Civil Veterinary Department Bihar & Orissa reports 1929-36 - 1929-1936
Year: 1929
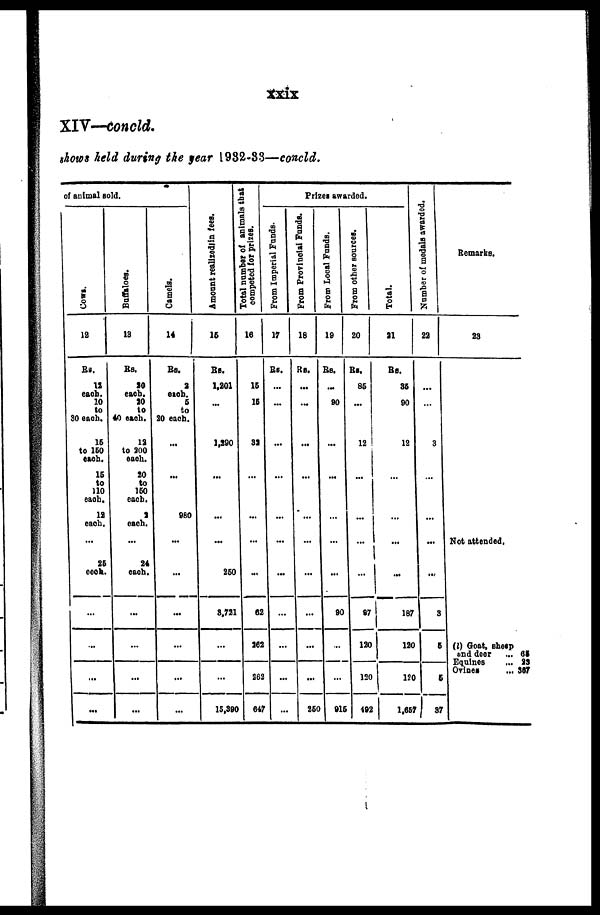
xxix
XIV—concld.
shows held during the year 1932-33—concld.
of animal sold.
Cows.
12
Rs.
12
each.
20
to
SO each.
15
to 150
each.
15
to
110
each.
12
each.
...
26
each.
...
...
...
...
Buffaloes.
13
Rs.
20
each.
20
to
40 each.
12
to 300
each.
20
to
150
each,
2
each.
...
24
each.
...
...
...
...
Camels.
14
Rs.
2
each.
5
to
20 each.
...
...
980
...
...
...
...
...
...
Amount realized in fees.
15
Rs.
1,201
1,290
...
...
...
250
8.721
...
...
15,390
Total number of animals that
competed for prizes.
16
15
15
32
...
...
...
...
62
262
262
647
Prizes awarded.
From Imperial Funds-
17
Rs.
...
...
...
...
...
...
...
...
...
...
...
From Provincial Funds.
18
Rs.
...
...
...
...
...
...
...
...
...
...
250
From Local Funds.
19
Rs.
...
90
...
...
...
...
90
...
...
915
From other sources.
20
Rs.
85
...
12
...
...
...
...
87
120
120
492
Total.
21
Rs.
35
90
12
...
...
...
...
187
120
120
1,657
Number of medals awarded.
22
...
...
3
...
...
...
...
3
5
5
37
Remarks.
23
Not attended.
(l) Goat, sheep
and deer
... 65
Equines
... 23
Ovines
... 367